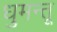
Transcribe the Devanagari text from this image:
धुमन्तू